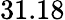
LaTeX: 31.18